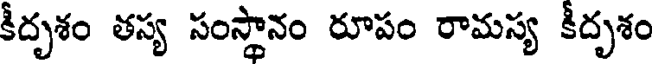
కీదృశం తస్య సంస్థానం రూపం రామస్య కీదృశం